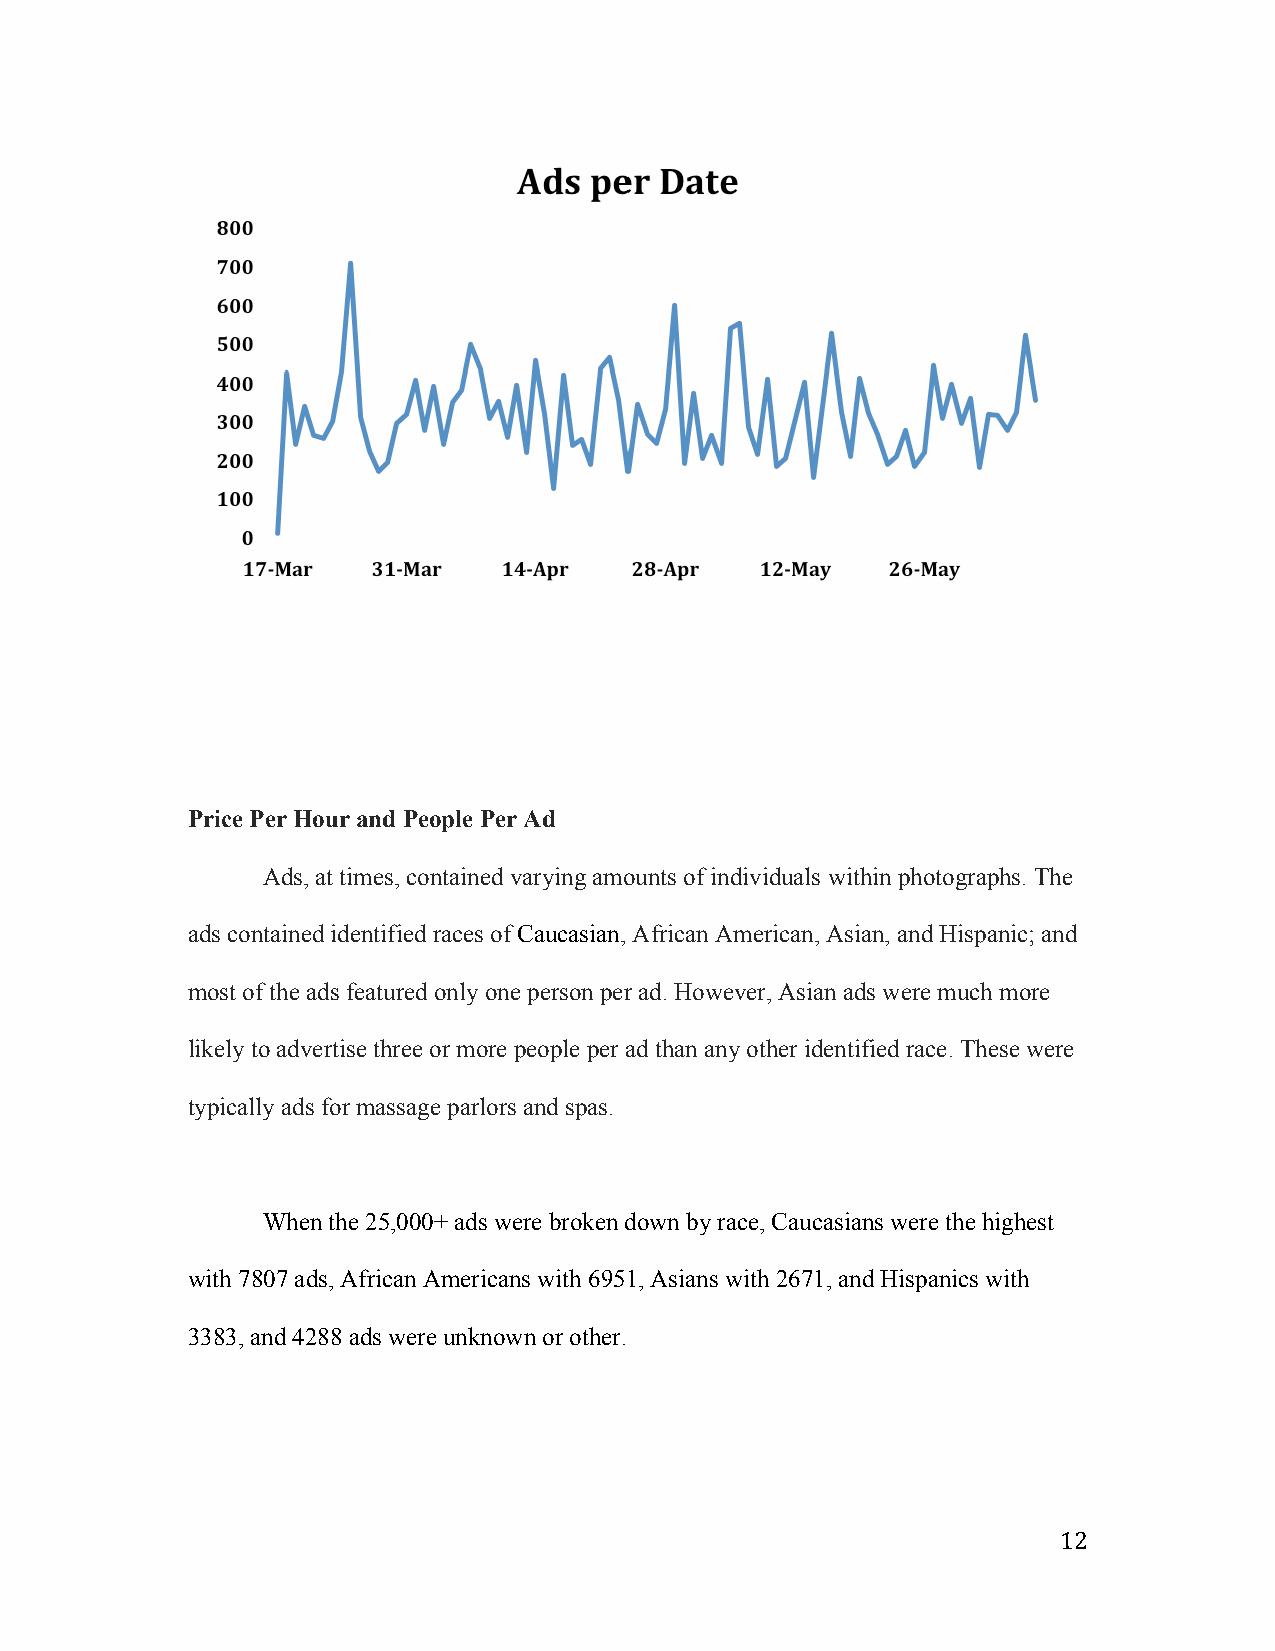
Price Per Hour and People Per Ad
 Ads, at times, contained varying amounts of individuals within photographs. The
 ads contained identified races of Caucasian, African American, Asian, and Hispanic; and
 most of the ads featured only one person per ad. However, Asian ads were much more
 likely to advertise three or more people per ad than any other identified race. These were
 typically ads for massage parlors and spas.
 When the 25,000+ ads were broken down by race, Caucasians were the highest
 with 7807 ads, African Americans with 6951, Asians with 2671, and Hispanics with
 3383, and 4288 ads were unknown or other.
 12